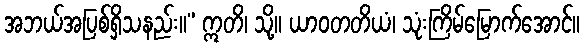
အဘယ်အပြစ်ရှိသနည်း။” ဣတိ၊ သို့။ ယာဝတတိယံ၊ သုံးကြိမ်မြောက်အောင်။